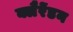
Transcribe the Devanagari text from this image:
क्लैरेंडन